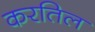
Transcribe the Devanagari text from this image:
करतिल